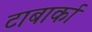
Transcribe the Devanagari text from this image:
टाबार्का